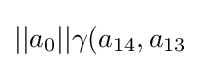
||a_{0}||\gamma (a_{14},a_{13}